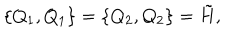
LaTeX: \{ Q _ { 1 } , Q _ { 1 } \} = \{ Q _ { 2 } , Q _ { 2 } \} = \tilde { H } ,